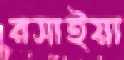
রসাইয়া